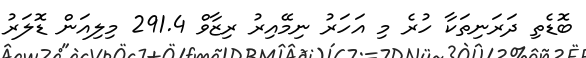
ބޮޑެތި ދަރަނިތަކާ ހުރެ މި އަހަރު ނިމޭއިރު ރިޒާވް 291.4 މިލިއަން ޑޮލަރު